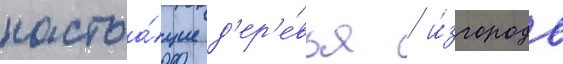
настоа́щие д'ер'е́вья / и́згородь